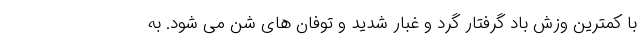
با کمترین وزش باد گرفتار گرد و غبار شدید و توفان های شن می شود. به